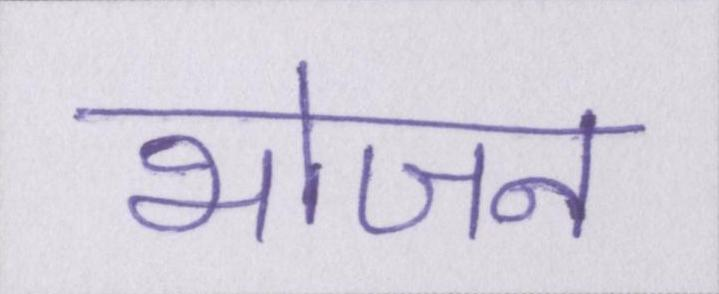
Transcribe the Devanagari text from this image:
भोजन